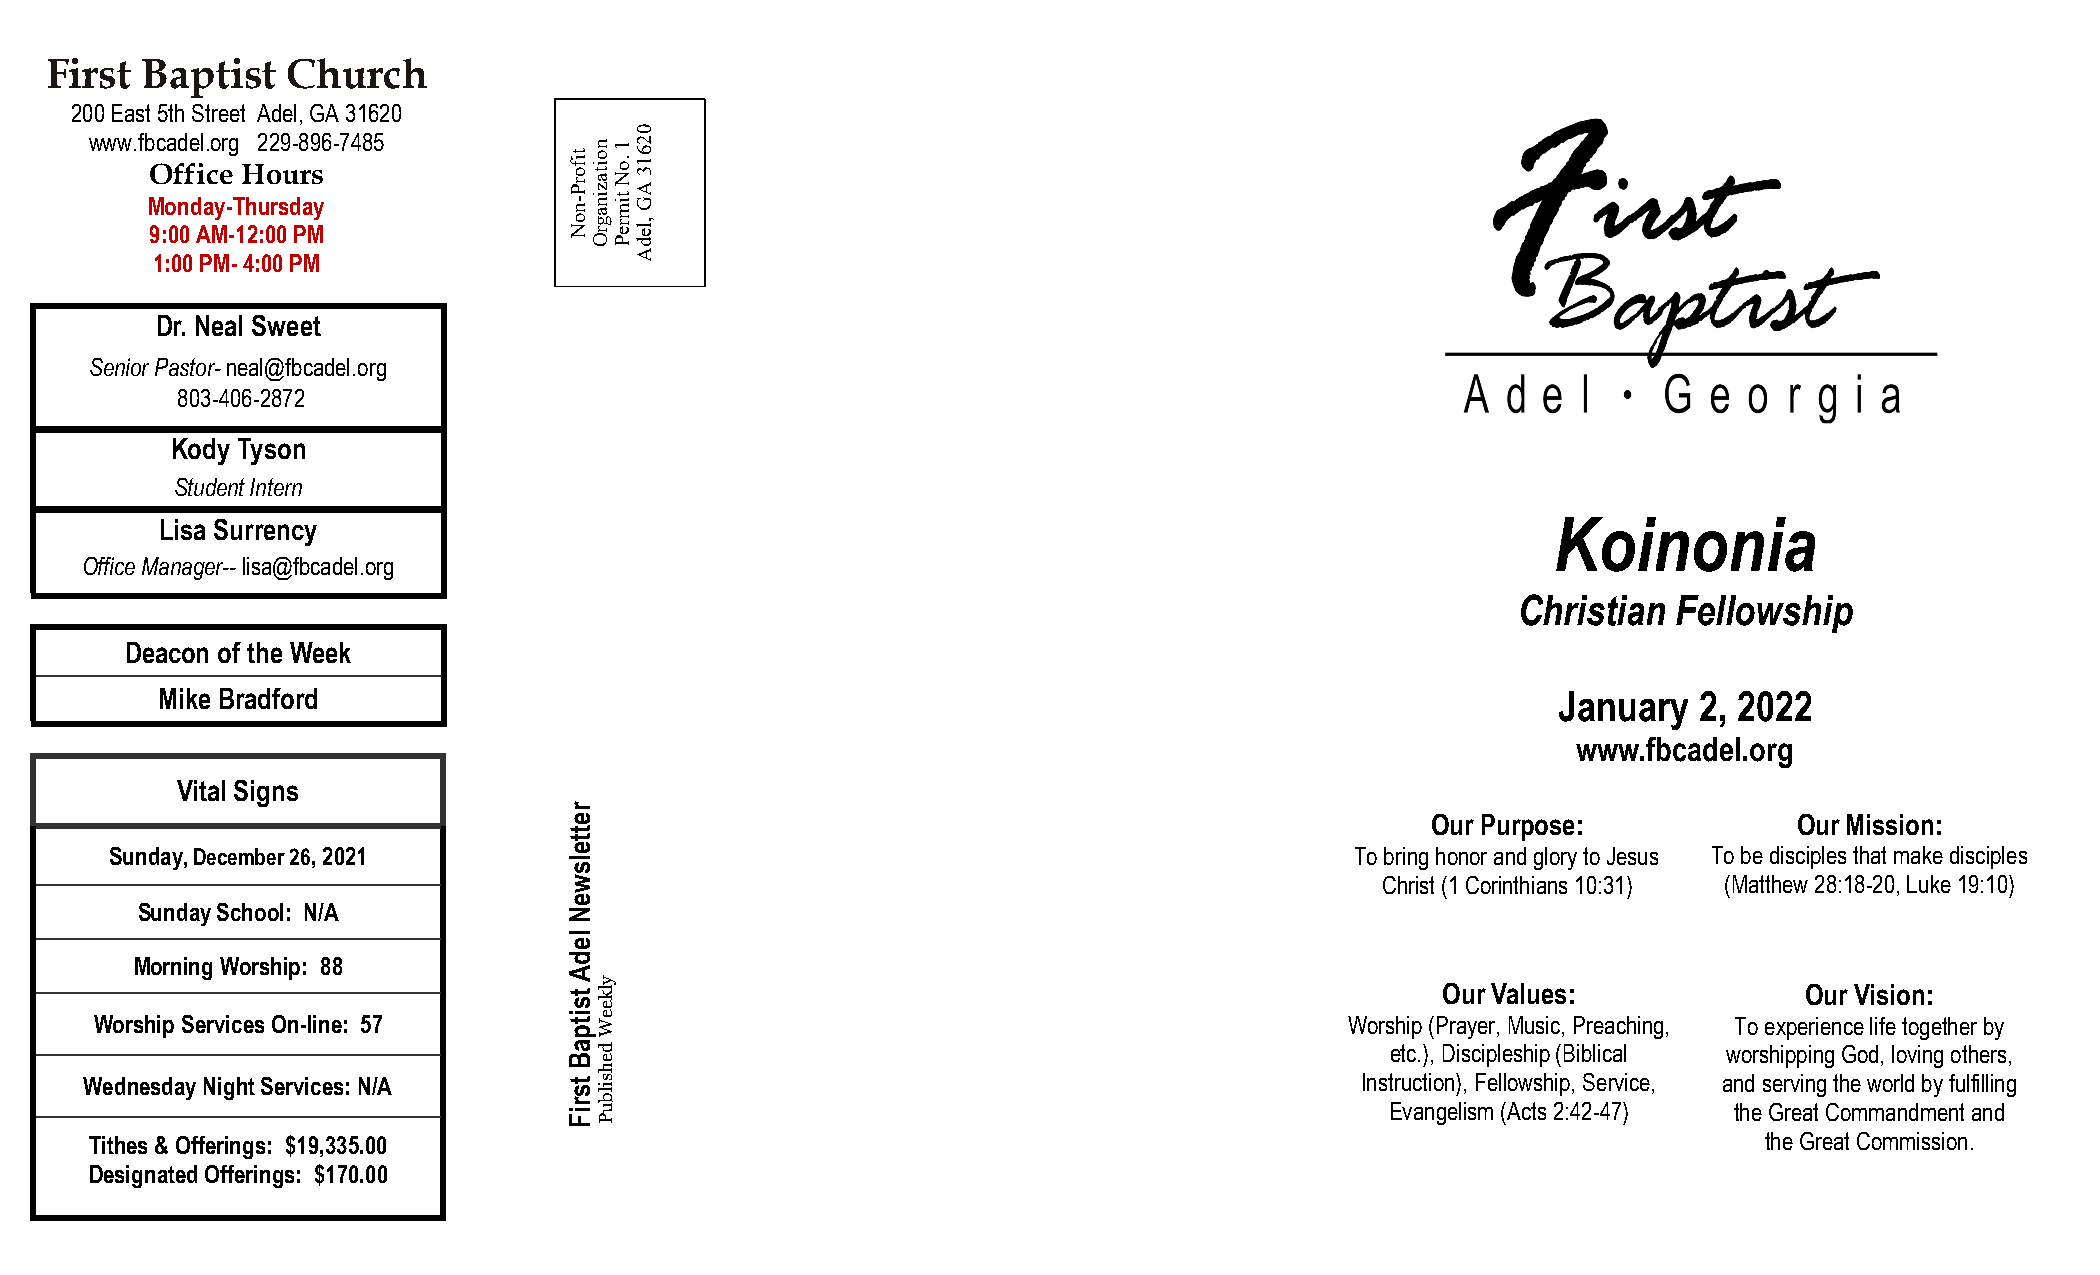
First Baptist   Church
 200 East 5th Street Adel, GA 31620
 0
 www.fb MO 9c :oa 0fd n 0fe d Ail a. co Myer - -g T
 1
 H h
 2
 2 u :0o2 r 0s9 u d- P8 r a M9 s y6 -7485 tif no or NP - n o ita z in
 a
 g r
 O
 1 .o N tim
 r e
 P
 2 6 1 3 A G
 ,le
 d
 1:00 PM- 4:00 PM                A
 Dr. Neal Sweet
 Senior Pastor- neal@fbcadel.org
 803-406-2872
 Kody Tyson
 Student Intern
 Lisa Surrency                                                                               Koinonia
 Office Manager-- lisa@fbcadel.org
 Christian Fellowship
 Deacon of the Week
 Mike Bradford                                                                                January  2, 2022
 www.fbcadel.org
 Vital Signs
 r
 e                                                        Our Purpose:            Our Mission:
 t
 t
 Sunday, December 26, 2021      e                                                   To bring honor and glory to Jesus To be disciples that make disciples
 l
 s
 w                                                    Christ (1 Corinthians 10:31) (Matthew 28:18-20, Luke 19:10)
 e
 Sunday School: N/A           N
 l
 e
 Morning Worship: 88          d
 A
 t sy lk
 e
 Our Values:             Our Vision:
 Worship Servic es On-line: 57   i t pe W                                           Worship (Prayer, Music, Preaching, To experience life together by
 a d                                                   etc.), Discipleship (Biblical worshipping God, loving others,
 Be
 h
 Wednesday Night Services: N/A   t s
 r
 is ilb
 u
 Ins Etru vact nio gn e) li,
 s
 F me l (l Aow cts sh 2ip :4, 2S -e 4r 7v )ic e, an thd
 e
 s Ger rv ei an tg
 C
 th oe
 m
 w mo ar nld
 d
 mby
 e
 nfu
 t
 l afil nli dn g
 FP
 DTi eth sie gs
 n
 &
 at
 eO dff Oer fi fn eg ris n:
 g
 s$ :1 9 $,3 13 75 0. .0 00
 0
 the Great Commission.